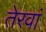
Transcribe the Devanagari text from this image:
तेरवां